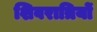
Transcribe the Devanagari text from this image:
शिवरात्रियों